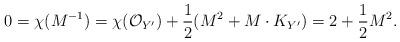
LaTeX: \begin{align*}0=\chi(M^{-1})=\chi(\mathcal{O}_{Y^{\prime}})+\frac{1}{2}(M^2+M\cdot K_{Y^{\prime}})=2+\frac{1}{2}M^2.\end{align*}